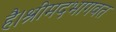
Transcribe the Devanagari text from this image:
है।श्रीमदभागवत